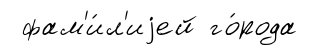
фам'и́л'иjей го́рода